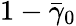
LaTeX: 1-\bar{\gamma}_{0}